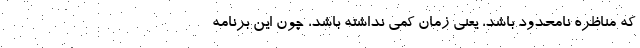
که مناظره نامحدود باشد، یعنی زمان کمی نداشته باشد، چون این برنامه